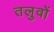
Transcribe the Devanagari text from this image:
तलुवों